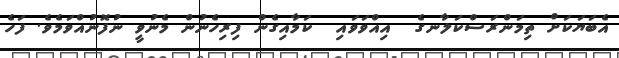
އެބަޔަކަށް ތިމަންރަސްކަލާނގެ  އިއްވަވައި  ކަމާއިގެން ފިރިހެނުން މެނުވީ ނުފޮނުއްވަމެވެ. ފަހެ